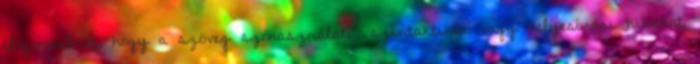
előfordulhat, hogy a szöveg szóhasználati, szintaktikai vagy helyesírási hibákat